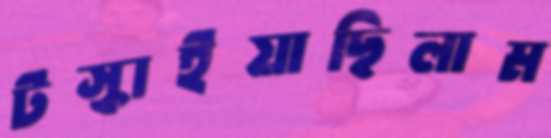
টস্‌কাইয়াছিলাম